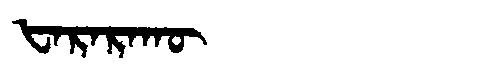
Manchu: ᡶᠠᡵᠠᡵᠠᡴᡡ
Romanization: FARARAKŪ